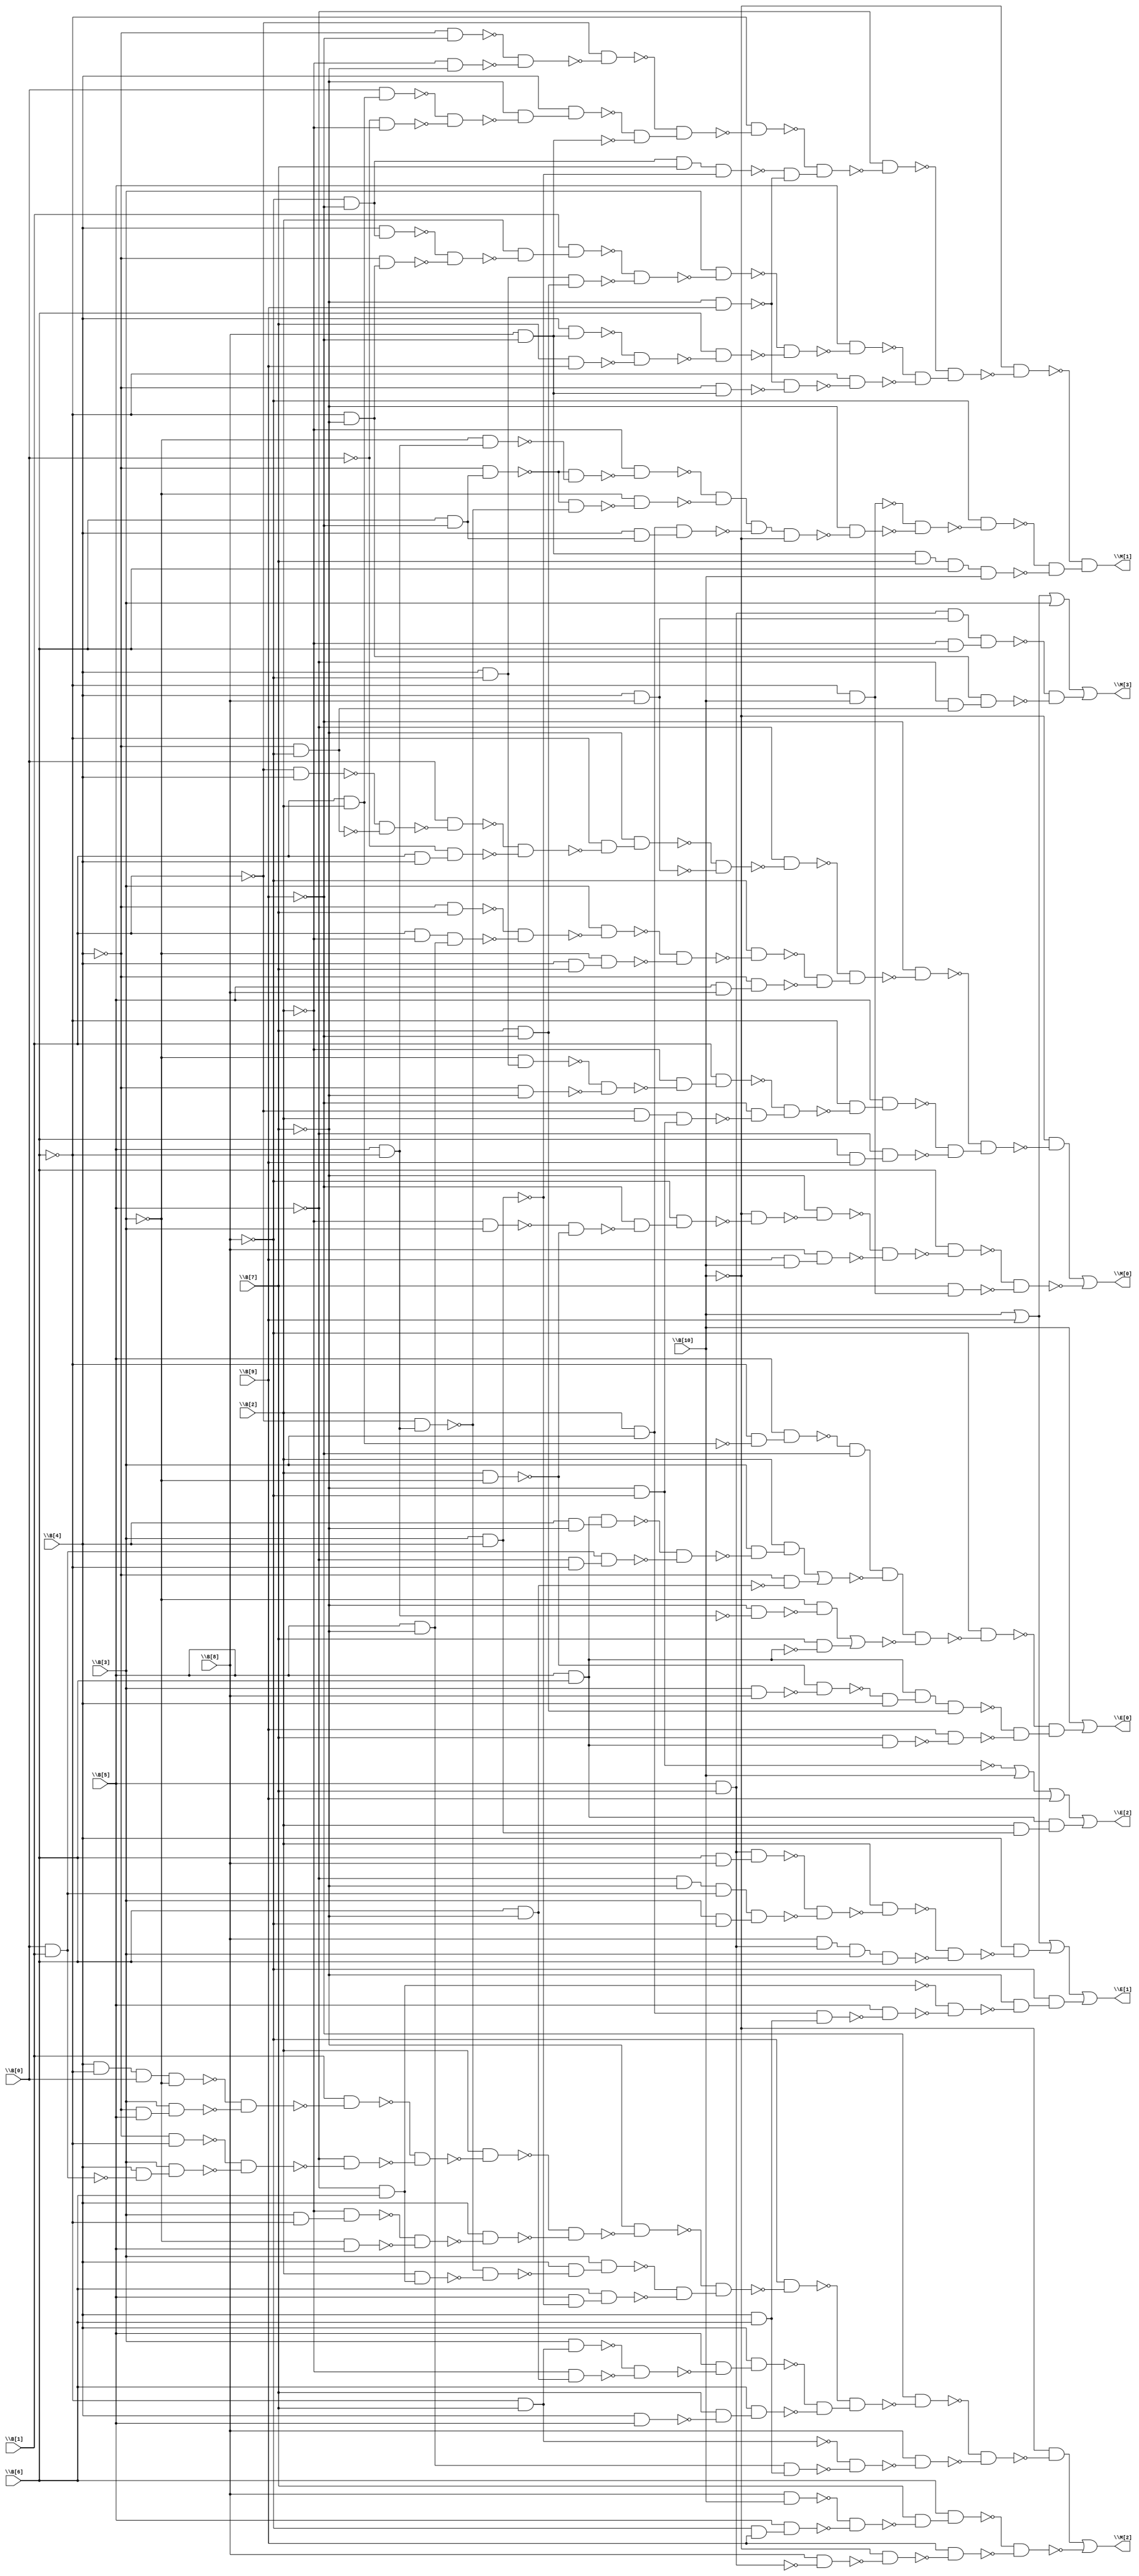

// Generated by Cadence Genus(TM) Synthesis Solution 16.22-s033_1
// Generated on: Jan 17 2020 11:34:54 EST (Jan 17 2020 16:34:54 UTC)

// Verification Directory fv/int2float 

module int2float(\B[0] , \B[1] , \B[2] , \B[3] , \B[4] , \B[5] , \B[6]
     , \B[7] , \B[8] , \B[9] , \B[10] , \M[0] , \M[1] , \M[2] , \M[3] ,
     \E[0] , \E[1] , \E[2] );
  input \B[0] , \B[1] , \B[2] , \B[3] , \B[4] , \B[5] , \B[6] , \B[7] ,
       \B[8] , \B[9] , \B[10] ;
  output \M[0] , \M[1] , \M[2] , \M[3] , \E[0] , \E[1] , \E[2] ;
  wire \B[0] , \B[1] , \B[2] , \B[3] , \B[4] , \B[5] , \B[6] , \B[7] ,
       \B[8] , \B[9] , \B[10] ;
  wire \M[0] , \M[1] , \M[2] , \M[3] , \E[0] , \E[1] , \E[2] ;
  wire n19, n20, n21, n22, n23, n24, n25, n26;
  wire n27, n28, n29, n30, n31, n32, n33, n34;
  wire n35, n36, n37, n38, n39, n40, n41, n42;
  wire n43, n44, n45, n46, n47, n48, n49, n50;
  wire n51, n52, n53, n54, n55, n56, n57, n58;
  wire n59, n60, n61, n62, n63, n64, n65, n66;
  wire n67, n68, n69, n70, n71, n72, n73, n74;
  wire n75, n76, n77, n79, n80, n81, n82, n83;
  wire n84, n85, n86, n87, n88, n89, n90, n91;
  wire n92, n93, n96, n97, n98, n99, n100, n101;
  wire n102, n103, n104, n105, n106, n107, n108, n109;
  wire n110, n111, n112, n113, n114, n115, n116, n117;
  wire n118, n119, n120, n121, n122, n123, n124, n125;
  wire n126, n127, n128, n129, n130, n131, n132, n133;
  wire n134, n135, n138, n139, n140, n141, n144, n145;
  wire n149, n150, n151, n152, n153, n154, n155, n156;
  wire n157, n158, n159, n160, n161, n162, n163, n164;
  wire n165, n166, n167, n168, n169, n170, n171, n172;
  wire n173, n174, n175, n176, n177, n178, n179, n180;
  wire n181, n182, n183, n184, n185, n186, n187, n188;
  wire n189, n190, n191, n192, n193, n194, n195, n196;
  wire n197, n198, n199, n200, n201, n202, n203, n204;
  wire n205, n206, n207, n208, n213, n214, n215, n216;
  wire n220, n221, n222, n223, n224, n225, n226, n227;
  wire n228, n229, n230, n231, n232, n233, n238, n239;
  wire n240, n241, n246, n247, n248, n249, n250, n252;
  wire n253, n258, n259, n260, n263, n264, n265, n266;
  wire n267, n268, n269, n270, n274, n275, n_2, n_5;
  wire n_6, n_7, n_8, n_10, n_11, n_12, n_13, n_15;
  wire n_16, n_18, n_19, n_20, n_22, n_23, n_25, n_26;
  wire n_27, n_29, n_30, n_31, n_32, n_33, n_34, n_35;
  wire n_36, n_38, n_39, n_40, n_41, n_42, n_43, n_44;
  wire n_45, n_46, n_47, n_48, n_50, n_51, n_52, n_53;
  wire n_54, n_55, n_56, n_57, n_58, n_59, n_60, n_61;
  wire n_62, n_63, n_64, n_65, n_66, n_67, n_68, n_69;
  wire n_70, n_71, n_72, n_73, n_74, n_75, n_76, n_77;
  wire n_78, n_79, n_80, n_81, n_82, n_83, n_84, n_85;
  wire n_86, n_87, n_88, n_89, n_90, n_91, n_92, n_93;
  wire n_94, n_95, n_96, n_97, n_98, n_99, n_100, n_104;
  wire n_105, n_106, n_107, n_108, n_109, n_110, n_111, n_112;
  wire n_113, n_114, n_115, n_116, n_117, n_118, n_119, n_120;
  wire n_121, n_122, n_123, n_124, n_125, n_126, n_127, n_128;
  wire n_129, n_130, n_131, n_132, n_133, n_134, n_135, n_136;
  wire n_137, n_138, n_139, n_140, n_141, n_142, n_143, n_144;
  wire n_145, n_146, n_147, n_148, n_149, n_150, n_151, n_152;
  wire n_153, n_154, n_155, n_156, n_157, n_160, n_161, n_162;
  wire n_163, n_164, n_165, n_166, n_167, n_173, n_174, n_176;
  wire n_177, n_178, n_179, n_180, n_181, n_182, n_183, n_184;
  wire n_185, n_186, n_187, n_188, n_189, n_202, n_203, n_204;
  wire n_207, n_208, n_209, n_211, n_212, n_213, n_217, n_218;
  not g1 (n_2, \B[1] );
  and g2 (n19, n_2, \B[4] );
  not g3 (n_5, \B[4] );
  not g4 (n_6, \B[8] );
  and g5 (n20, n_5, n_6);
  not g6 (n_7, n19);
  not g7 (n_8, n20);
  and g8 (n21, n_7, n_8);
  not g9 (n_10, n21);
  and g10 (n22, \B[0] , n_10);
  and g11 (n23, \B[1] , \B[4] );
  not g12 (n_11, \B[0] );
  and g13 (n24, n_11, n23);
  not g14 (n_12, n22);
  not g15 (n_13, n24);
  and g16 (n25, n_12, n_13);
  not g17 (n_15, \B[6] );
  not g18 (n_16, n25);
  and g19 (n26, n_15, n_16);
  not g20 (n_18, \B[7] );
  and g21 (n27, n_18, n26);
  and g22 (n28, \B[4] , \B[8] );
  not g23 (n_19, n27);
  not g24 (n_20, n28);
  and g25 (n29, n_19, n_20);
  not g26 (n_22, \B[5] );
  not g27 (n_23, n29);
  and g28 (n30, n_22, n_23);
  and g29 (n31, n_5, \B[7] );
  not g30 (n_25, \B[2] );
  and g31 (n32, \B[1] , n_25);
  and g32 (n33, \B[5] , n_18);
  and g33 (n34, n32, n33);
  not g34 (n_26, n31);
  not g35 (n_27, n34);
  and g36 (n35, n_26, n_27);
  not g37 (n_29, n35);
  and g38 (n36, \B[3] , n_29);
  and g39 (n37, \B[4] , \B[7] );
  not g40 (n_30, \B[3] );
  and g41 (n38, n_30, n37);
  not g42 (n_31, n36);
  not g43 (n_32, n38);
  and g44 (n39, n_31, n_32);
  not g45 (n_33, n39);
  and g46 (n40, n_6, n_33);
  and g47 (n41, \B[5] , \B[8] );
  and g48 (n42, n_5, n41);
  not g49 (n_34, n40);
  not g50 (n_35, n42);
  and g51 (n43, n_34, n_35);
  not g52 (n_36, n30);
  and g53 (n44, n_36, n43);
  not g54 (n_38, \B[9] );
  not g55 (n_39, n44);
  and g56 (n45, n_38, n_39);
  and g57 (n46, \B[4] , n_6);
  and g58 (n47, n_30, n46);
  and g59 (n48, n_5, n_18);
  not g60 (n_40, n47);
  not g61 (n_41, n48);
  and g62 (n49, n_40, n_41);
  not g63 (n_42, n49);
  and g64 (n50, n_25, n_42);
  and g65 (n51, \B[1] , n50);
  and g66 (n52, n_2, \B[2] );
  and g67 (n53, n_18, n_6);
  and g68 (n54, n52, n53);
  not g69 (n_43, n54);
  and g70 (n55, n_38, n_43);
  not g71 (n_44, n51);
  and g72 (n56, n_44, n55);
  not g73 (n_45, n56);
  and g74 (n57, n_15, n_45);
  and g75 (n58, \B[5] , n57);
  and g76 (n59, \B[6] , \B[9] );
  and g77 (n60, n_22, n59);
  not g78 (n_46, n58);
  not g79 (n_47, n60);
  and g80 (n61, n_46, n_47);
  not g81 (n_48, n45);
  and g82 (n62, n_48, n61);
  not g83 (n_50, \B[10] );
  not g84 (n_51, n62);
  and g85 (n63, n_50, n_51);
  and g86 (n64, n_25, \B[3] );
  and g87 (n65, \B[2] , n_30);
  not g88 (n_52, n64);
  not g89 (n_53, n65);
  and g90 (n66, n_52, n_53);
  not g91 (n_54, n66);
  and g92 (n67, n_38, n_54);
  and g93 (n68, n_6, n67);
  not g94 (n_55, n68);
  and g95 (n69, n_50, n_55);
  not g96 (n_56, n69);
  and g97 (n70, n_18, n_56);
  and g98 (n71, \B[9] , \B[10] );
  and g99 (n72, \B[8] , n71);
  not g100 (n_57, n70);
  not g101 (n_58, n72);
  and g102 (n73, n_57, n_58);
  not g103 (n_59, n73);
  and g104 (n74, \B[6] , n_59);
  and g105 (n75, n_15, \B[10] );
  and g106 (n76, \B[7] , n75);
  not g107 (n_60, n74);
  not g108 (n_61, n76);
  and g109 (n77, n_60, n_61);
  not g110 (n_62, n77);
  or g111 (\M[0] , n63, n_62);
  and g112 (n79, n_5, n_38);
  and g113 (n80, n_25, n_18);
  not g114 (n_63, n79);
  not g115 (n_64, n80);
  and g116 (n81, n_63, n_64);
  not g117 (n_65, n81);
  and g118 (n82, n_2, n_65);
  and g119 (n83, \B[1] , \B[2] );
  and g120 (n84, \B[0] , n83);
  and g121 (n85, n_11, n_25);
  not g122 (n_66, n84);
  not g123 (n_67, n85);
  and g124 (n86, n_66, n_67);
  not g125 (n_68, n86);
  and g126 (n87, n_18, n_68);
  and g127 (n88, \B[4] , n87);
  and g128 (n89, \B[8] , n_38);
  not g129 (n_69, n88);
  not g130 (n_70, n89);
  and g131 (n90, n_69, n_70);
  not g132 (n_71, n82);
  and g133 (n91, n_71, n90);
  not g134 (n_72, n91);
  and g135 (n92, n_15, n_72);
  and g136 (n93, \B[3] , \B[4] );
  not g137 (n_73, n93);
  and g141 (n97, n_18, \B[9] );
  not g142 (n_74, n96);
  not g143 (n_75, n97);
  and g144 (n98, n_74, n_75);
  not g145 (n_76, n92);
  and g146 (n99, n_76, n98);
  not g147 (n_77, n99);
  and g148 (n100, n_22, n_77);
  and g149 (n101, n_6, n_38);
  and g150 (n102, \B[4] , n101);
  and g151 (n103, n_15, n_18);
  and g152 (n104, n_5, n103);
  not g153 (n_78, n102);
  not g154 (n_79, n104);
  and g155 (n105, n_78, n_79);
  not g156 (n_80, n105);
  and g157 (n106, \B[2] , n_80);
  and g158 (n107, \B[1] , n106);
  and g159 (n108, \B[7] , n_38);
  and g160 (n109, n46, n108);
  not g161 (n_81, n107);
  not g162 (n_82, n109);
  and g163 (n110, n_81, n_82);
  not g164 (n_83, n110);
  and g165 (n111, \B[3] , n_83);
  and g166 (n112, \B[4] , n89);
  and g167 (n113, \B[7] , \B[9] );
  not g168 (n_84, n112);
  not g169 (n_85, n113);
  and g170 (n114, n_84, n_85);
  not g171 (n_86, n114);
  and g172 (n115, \B[6] , n_86);
  not g173 (n_87, n111);
  not g174 (n_88, n115);
  and g175 (n116, n_87, n_88);
  not g176 (n_89, n116);
  and g177 (n117, \B[5] , n_89);
  and g178 (n118, n_5, n89);
  not g179 (n_90, n118);
  and g180 (n119, n_75, n_90);
  not g181 (n_91, n119);
  and g182 (n120, n_15, n_91);
  not g183 (n_92, n117);
  not g184 (n_93, n120);
  and g185 (n121, n_92, n_93);
  not g186 (n_94, n100);
  and g187 (n122, n_94, n121);
  not g188 (n_95, n122);
  and g189 (n123, n_50, n_95);
  and g190 (n124, \B[6] , n_38);
  and g191 (n125, n_5, n124);
  and g192 (n126, \B[5] , n_15);
  and g193 (n127, n_30, n126);
  not g194 (n_96, n125);
  not g195 (n_97, n127);
  and g196 (n128, n_96, n_97);
  not g197 (n_98, n128);
  and g198 (n129, n_25, n_98);
  and g199 (n130, n_2, n126);
  not g200 (n_99, n130);
  and g201 (n131, n_96, n_99);
  not g202 (n_100, n131);
  and g203 (n132, n_30, n_100);
  and g204 (n133, \B[2] , \B[3] );
  and g205 (n134, \B[4] , n124);
  and g206 (n135, n133, n134);
  not g213 (n_104, n138);
  and g214 (n139, n_18, n_104);
  not g215 (n_105, n75);
  not g216 (n_106, n139);
  and g217 (n140, n_105, n_106);
  not g218 (n_107, n140);
  and g219 (n141, n_6, n_107);
  not g223 (n_108, n141);
  not g224 (n_109, n144);
  and g225 (n145, n_108, n_109);
  not g226 (n_110, n123);
  and g227 (\M[1] , n_110, n145);
  and g231 (n150, n_5, \B[5] );
  and g232 (n151, \B[3] , n150);
  not g233 (n_111, n149);
  not g234 (n_112, n151);
  and g235 (n152, n_111, n_112);
  not g236 (n_113, n152);
  and g237 (n153, \B[1] , n_113);
  and g238 (n154, n_5, n_15);
  and g239 (n155, \B[0] , \B[1] );
  not g240 (n_114, n155);
  and g241 (n156, \B[4] , n_114);
  and g242 (n157, \B[3] , n156);
  not g243 (n_115, n154);
  not g244 (n_116, n157);
  and g245 (n158, n_115, n_116);
  not g246 (n_117, n158);
  and g247 (n159, n_22, n_117);
  not g248 (n_118, n153);
  not g249 (n_119, n159);
  and g250 (n160, n_118, n_119);
  not g251 (n_120, n160);
  and g252 (n161, \B[2] , n_120);
  and g253 (n162, \B[3] , n_15);
  and g254 (n163, n_25, n162);
  and g255 (n164, n_30, \B[5] );
  not g256 (n_121, n163);
  not g257 (n_122, n164);
  and g258 (n165, n_121, n_122);
  not g259 (n_123, n165);
  and g260 (n166, \B[4] , n_123);
  not g261 (n_124, n161);
  not g262 (n_125, n166);
  and g263 (n167, n_124, n_125);
  not g264 (n_126, n167);
  and g265 (n168, n_18, n_126);
  and g266 (n169, n_22, \B[6] );
  and g267 (n170, \B[2] , n169);
  not g268 (n_127, n170);
  and g269 (n171, n_99, n_127);
  not g270 (n_128, n171);
  and g271 (n172, \B[4] , n_128);
  and g272 (n173, \B[3] , n172);
  and g273 (n174, \B[5] , n_73);
  and g274 (n175, \B[6] , n174);
  not g275 (n_129, n173);
  not g276 (n_130, n175);
  and g277 (n176, n_129, n_130);
  not g278 (n_131, n168);
  and g279 (n177, n_131, n176);
  not g280 (n_132, n177);
  and g281 (n178, n_6, n_132);
  and g282 (n179, n_15, \B[7] );
  and g283 (n180, \B[3] , n179);
  and g284 (n181, \B[6] , n_18);
  and g285 (n182, n_25, n181);
  not g286 (n_133, n180);
  not g287 (n_134, n182);
  and g288 (n183, n_133, n_134);
  not g289 (n_135, n183);
  and g290 (n184, \B[5] , n_135);
  and g291 (n185, \B[4] , n184);
  and g292 (n186, \B[4] , \B[5] );
  not g293 (n_136, n186);
  and g294 (n187, \B[7] , n_136);
  and g295 (n188, \B[6] , n187);
  not g296 (n_137, n185);
  not g297 (n_138, n188);
  and g298 (n189, n_137, n_138);
  not g299 (n_139, n178);
  and g300 (n190, n_139, n189);
  not g301 (n_140, n190);
  and g302 (n191, n_38, n_140);
  and g303 (n192, \B[4] , \B[6] );
  and g304 (n193, n33, n192);
  not g305 (n_141, n179);
  not g306 (n_142, n193);
  and g307 (n194, n_141, n_142);
  not g308 (n_143, n194);
  and g309 (n195, \B[8] , n_143);
  not g310 (n_144, n191);
  not g311 (n_145, n195);
  and g312 (n196, n_144, n_145);
  not g313 (n_146, n196);
  and g314 (n197, n_50, n_146);
  and g315 (n198, \B[8] , \B[10] );
  and g316 (n199, n_6, \B[9] );
  and g317 (n200, \B[5] , n199);
  not g318 (n_147, n198);
  not g319 (n_148, n200);
  and g320 (n201, n_147, n_148);
  not g321 (n_149, n201);
  and g322 (n202, \B[7] , n_149);
  and g323 (n203, \B[6] , n202);
  and g324 (n204, \B[5] , \B[7] );
  not g325 (n_150, n204);
  and g326 (n205, \B[8] , n_150);
  not g327 (n_151, n205);
  and g328 (n206, n_50, n_151);
  not g329 (n_152, n206);
  and g330 (n207, \B[9] , n_152);
  not g331 (n_153, n203);
  not g332 (n_154, n207);
  and g333 (n208, n_153, n_154);
  not g334 (n_155, n208);
  or g335 (\M[2] , n197, n_155);
  and g340 (n214, n_22, n20);
  and g341 (n215, n103, n214);
  not g342 (n_156, n213);
  not g343 (n_157, n215);
  and g344 (n216, n_156, n_157);
  and g350 (n220, \B[5] , \B[6] );
  and g351 (n221, \B[4] , n_18);
  and g352 (n222, n220, n221);
  and g353 (n223, n_22, n_15);
  and g354 (n224, n155, n223);
  not g355 (n_160, n222);
  not g356 (n_161, n224);
  and g357 (n225, n_160, n_161);
  not g358 (n_162, n225);
  and g359 (n226, \B[3] , n_162);
  and g360 (n227, \B[2] , n226);
  not g361 (n_163, n181);
  and g362 (n228, n_5, n_163);
  not g363 (n_164, n126);
  and g364 (n229, n_18, n_164);
  not g365 (n_165, n229);
  and g366 (n230, n_30, n_165);
  not g367 (n_166, n220);
  and g368 (n231, \B[7] , n_166);
  not g369 (n_167, n83);
  and g370 (n232, n_15, n_167);
  and g371 (n233, \B[5] , n232);
  not g382 (n_173, n238);
  and g383 (n239, n_6, n_173);
  and g384 (n240, \B[3] , \B[8] );
  not g385 (n_174, n240);
  and g386 (n241, n_53, n_174);
  and g393 (n247, \B[7] , n220);
  not g394 (n_176, n247);
  and g395 (n248, \B[9] , n_176);
  not g396 (n_177, n246);
  not g397 (n_178, n248);
  and g398 (n249, n_177, n_178);
  not g399 (n_179, n239);
  and g400 (n250, n_179, n249);
  or g401 (\E[0] , \B[10] , n250);
  and g402 (n252, \B[6] , \B[8] );
  and g403 (n253, n204, n252);
  not g409 (n_180, n253);
  not g410 (n_181, n258);
  and g411 (n259, n_180, n_181);
  not g412 (n_182, n259);
  and g413 (n260, \B[2] , n_182);
  not g417 (n_183, n260);
  not g418 (n_184, n263);
  and g419 (n264, n_183, n_184);
  not g420 (n_185, n264);
  and g421 (n265, \B[4] , n_185);
  and g422 (n266, n133, n192);
  not g423 (n_186, n266);
  and g424 (n267, \B[5] , n_186);
  not g425 (n_187, n169);
  not g426 (n_188, n267);
  and g427 (n268, n_187, n_188);
  not g428 (n_189, n268);
  and g429 (n269, n_18, n_189);
  and g430 (n270, n_6, n269);
  and g436 (n274, \B[2] , n93);
  and g437 (n275, n220, n274);
  and g444 (n144, n89, \B[7] , \B[6] , \B[10] );
  and g445 (n138, n_202, n_203, n_204, n_50);
  not g446 (n_202, n129);
  not g447 (n_203, n132);
  not g448 (n_204, n135);
  and g449 (n96, n_6, n_38, \B[7] , n_73);
  and g450 (n149, \B[4] , n_15, \B[0] , n_30);
  or g451 (\M[3] , \B[10] , \B[9] , \B[3] , n216);
  and g454 (n_207, n_25, \B[6] );
  and g455 (n213, \B[7] , \B[5] , n28, n_207);
  and g456 (n_209, n_208, \B[4] );
  not g457 (n_208, n241);
  and g459 (n246, \B[5] , \B[6] , n_209, n108);
  nor g460 (n_212, n227, n228);
  nor g461 (n_213, n230, n231);
  and g462 (n238, n_211, n_38, n_212, n_213);
  not g463 (n_211, n233);
  or g464 (\E[1] , \B[9] , \B[10] , n265, n270);
  and g467 (n263, \B[8] , n204, \B[3] , \B[6] );
  and g469 (n_217, \B[3] , n_6);
  and g470 (n258, n_22, n_18, n155, n_217);
  or g471 (\E[2] , n_218, \B[10] , \B[9] , n275);
  not g472 (n_218, n53);
endmodule